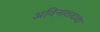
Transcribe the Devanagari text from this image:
अविनाशदादा